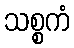
သစ္စကံ